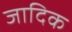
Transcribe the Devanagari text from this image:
जादिक